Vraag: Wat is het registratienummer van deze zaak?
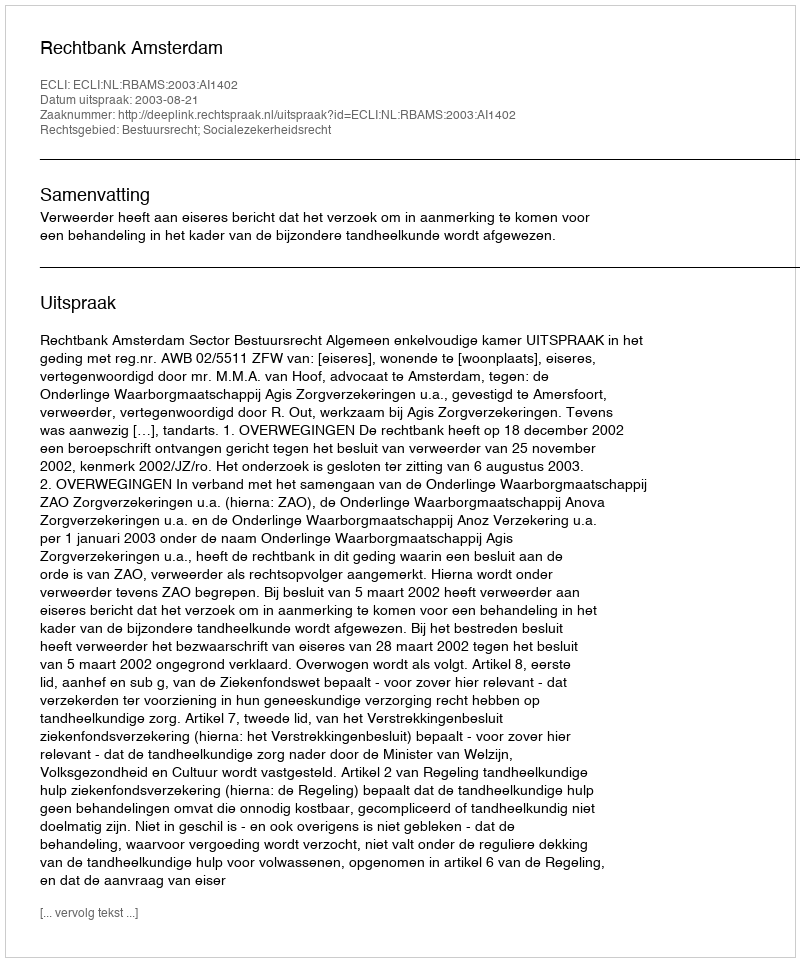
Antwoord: http://deeplink.rechtspraak.nl/uitspraak?id=ECLI:NL:RBAMS:2003:AI1402